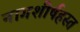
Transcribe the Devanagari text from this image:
नागशीर्षहस्त